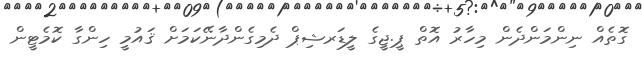
ގޮތެއް ނިންމަންދެން މިހާރު އޮތް ޕީ.ޖީގެ ލީޑަރޝިޕް ދެމިގެންދާނޭކަމަށް ޤައުމީ ހިންގާ ކޮމެޓީން